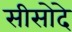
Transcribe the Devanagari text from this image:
सीसोदे